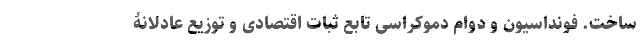
ساخت. فونداسیون و دوام دموکراسی تابعِ ثباتِ اقتصادی و توزیع عادلانۀ